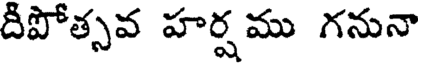
దీపోత్సవ హర్షము గనునా